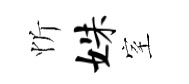
忻姝室